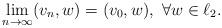
LaTeX: \begin{align*}\lim_{n\to \infty}(v_n,w)= (v_0,w),\ \forall w\in \ell_2.\end{align*}